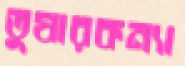
তুষারকন্যা